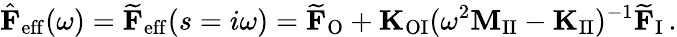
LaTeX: \hat{\mathbf{F}}_{\mathrm{eff}}(\omega)=\widetilde{\mathbf{F}}_{\mathrm{eff}}(s=i\omega)=\widetilde{\mathbf{F}}_{\mathrm{O}}+\mathbf{K}_{\mathrm{OI}}(\omega^{2}\mathbf{M}_{\mathrm{II}}-\mathbf{K}_{\mathrm{II}})^{-1}\widetilde{\mathbf{F}}_{\mathrm{I}}\, .